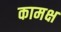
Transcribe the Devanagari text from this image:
कामक्ष